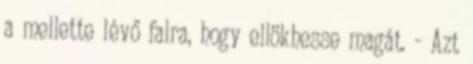
a mellette lévő falra, hogy ellökhesse magát. - Azt